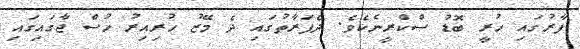
ފާރުގައި ހުރީ ބޮޑު ސްކްރީނެކެވެ. ދެފަރާތުގައި ދެ މޭޒު ހުރިއިރު ހުސް ޖާގައިގައި